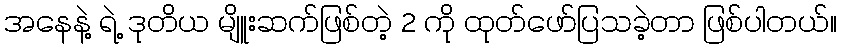
အနေနဲ့ ရဲ့ ဒုတိယ မျိူးဆက်ဖြစ်တဲ့ 2 ကို ထုတ်ဖော်ပြသခဲ့တာ ဖြစ်ပါတယ်။